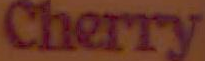
Cherry